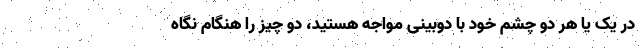
در یک یا هر دو چشم خود با دوبینی مواجه هستید، دو چیز را هنگام نگاه